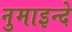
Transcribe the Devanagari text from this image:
नुमाइन्दे